Rongu_vallavalitsus, lk 11
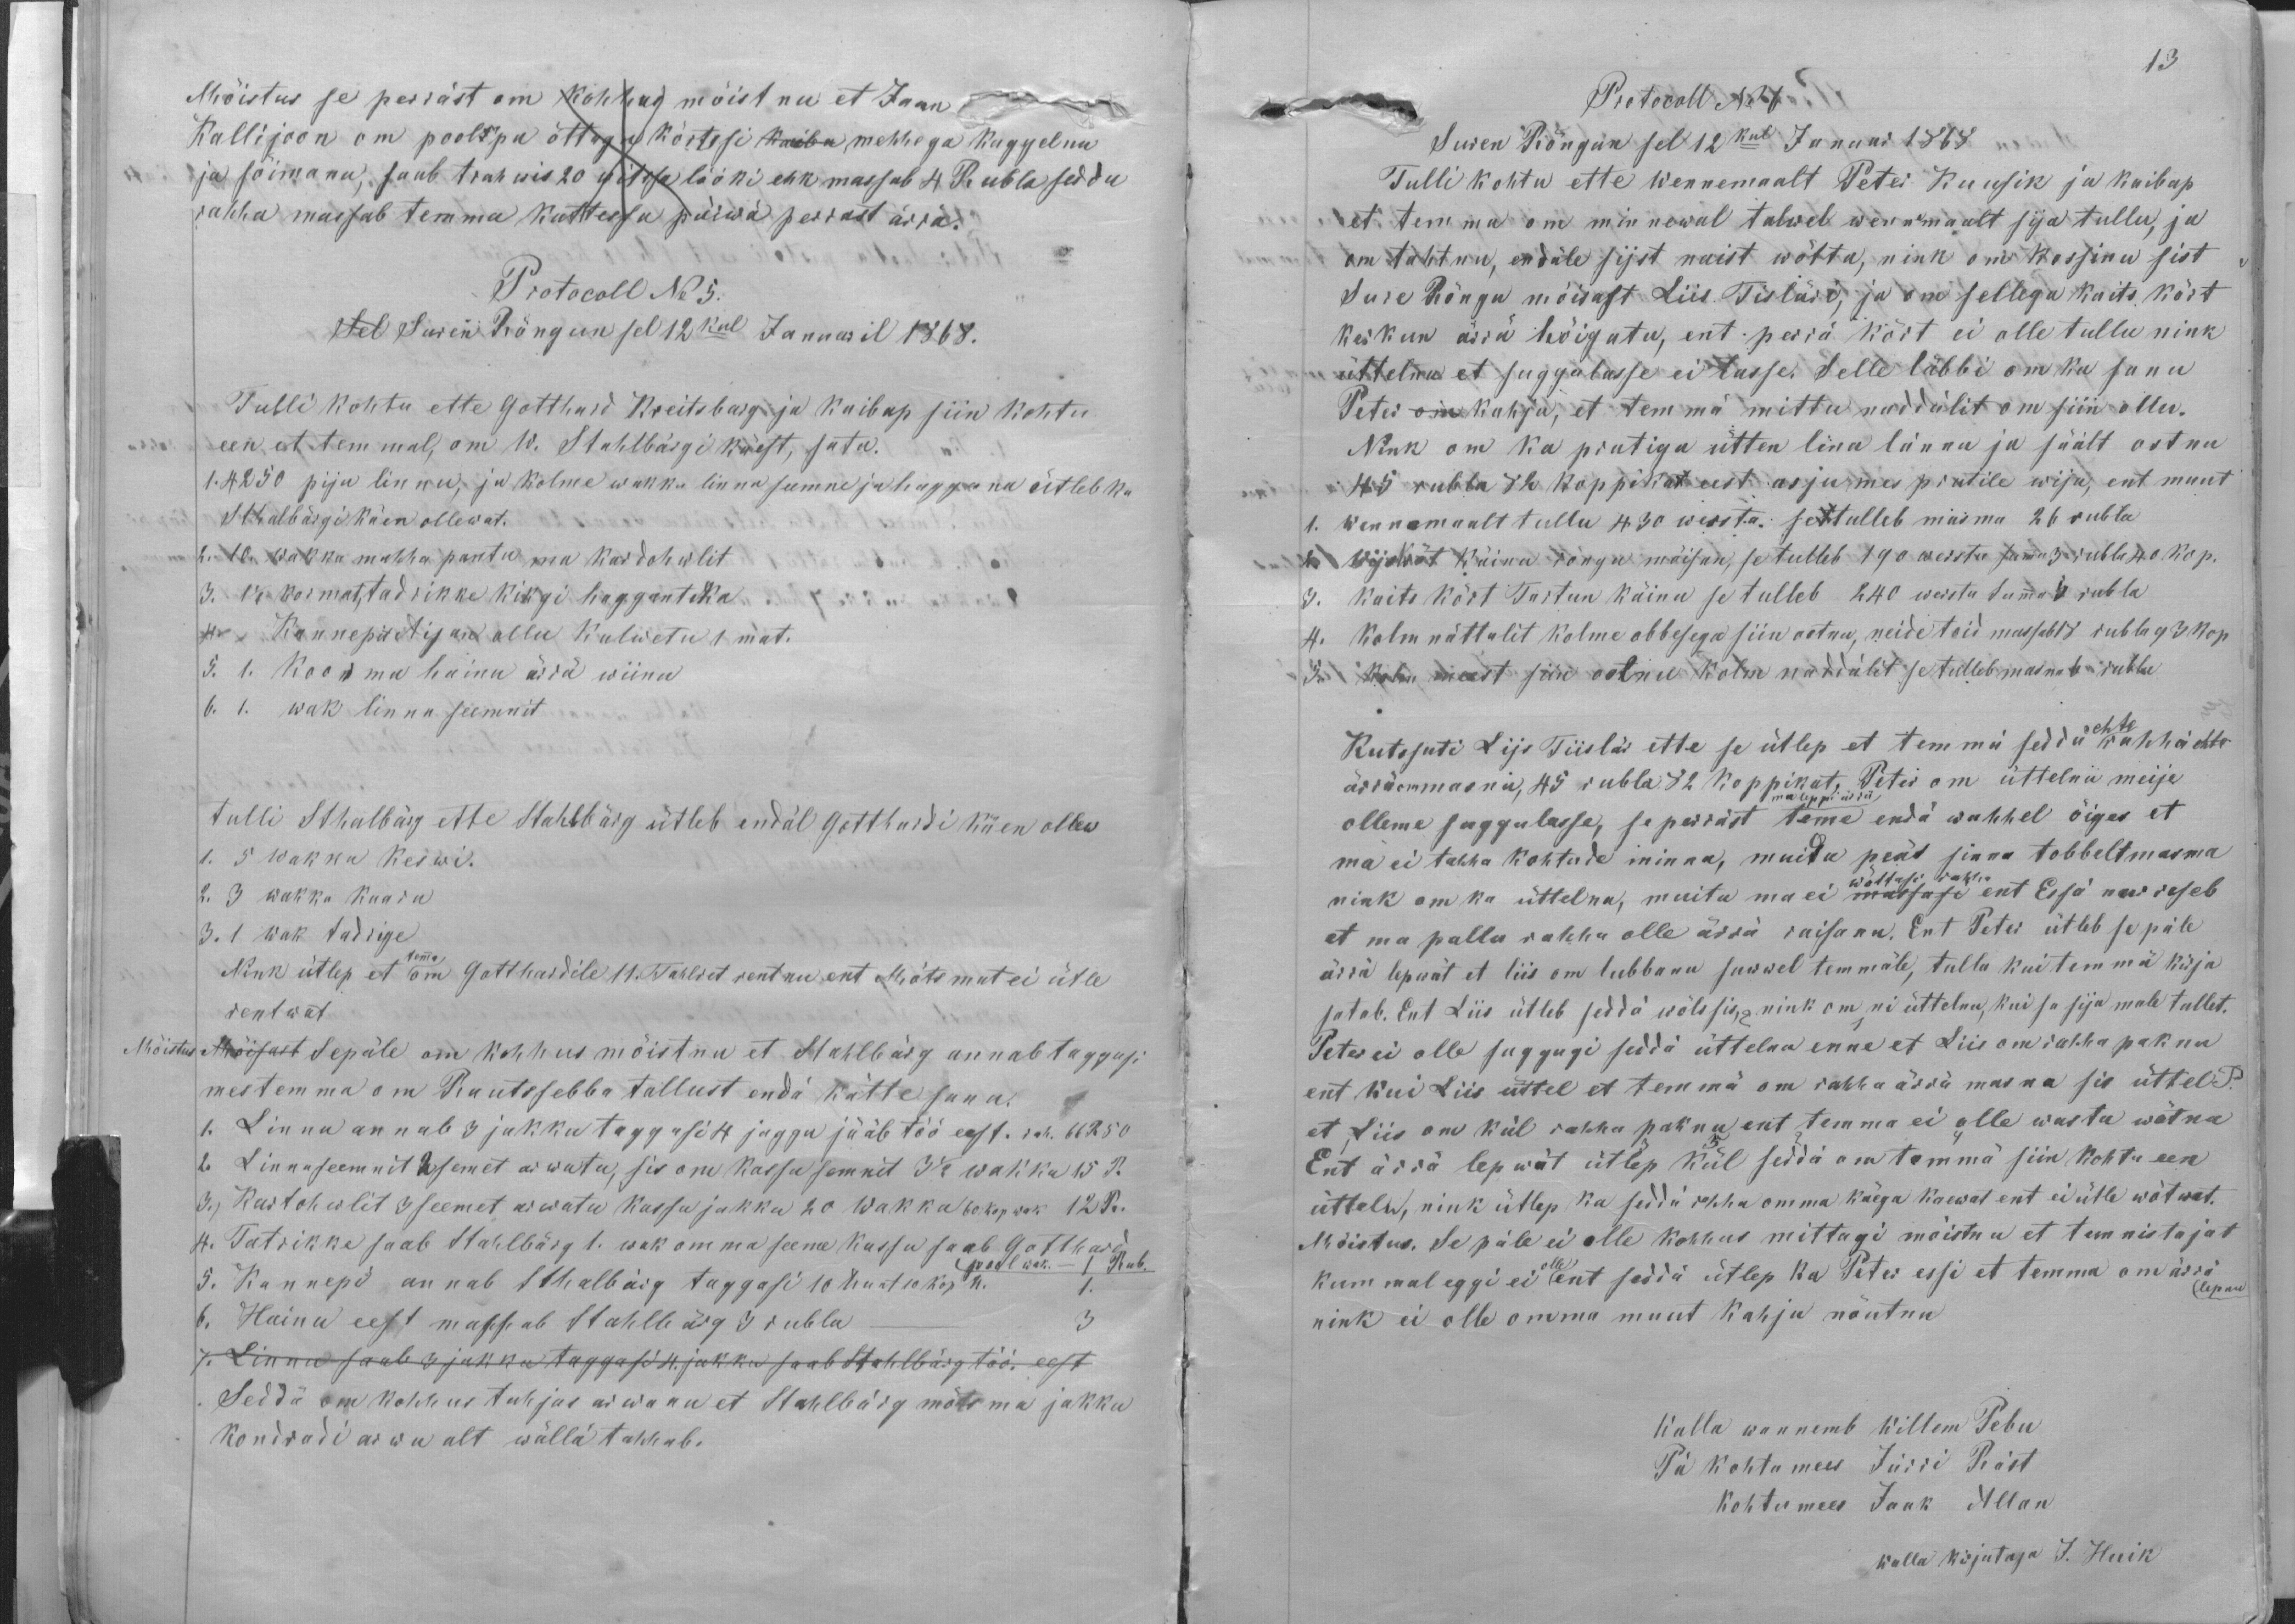
Mõistus se perräst om kohhus mõistnu et Jaan
Kallijoon om pooltpa õttagu kõrtssi kauba mehhega kaggelnu
ja sõimanu, saab trahwis 20 witssa lööki ehk massab 4 Rubla sedda
rahha massab temma kattessa päiwä perrast ärrä.
Protocoll No 5.
Sel Suren Rõngun sel 12kul Januaril 1868.
Tulli kohtu ette Gotthard Kreitsbarg ja kaibap siin kohtu
een et temmal, om W. Stahlbärgi käest, sata.
1. 4250. piju linnu, ja kolme wakka linna seemne ja haggana ütleb ka
Sthalbärgi käen ollewat.
2. 10. wakka mahha pantu ma kardohwlit
3.  1 1/2 kormat, tadrikke kikgi hagganteka,
4. Kannepit Aijan ollu kulwetu 1. mat.
5. 1. Koorma hainu ärrä wiinu
6. 1. wak linna seemnit
tulli Sthalbärg ette Sthalbärg ütleb endäl Gotthardi käen ollew
1. 5 wakka keswi.
2. 3 wakka kaaru
3. 1 wak tadrige
Nink ütlep et temma om Gotthardile 11. Tahlret rentnu ent Mõts mut ei ütle
rentwat
Mõistus Mõisast Sepäle om kohhus mõistnu et Stahlbärg annab taggasi
mes temma om Rautsebba tallust endä kätte sanu.
1. Linnu annab 3 jakku taggasi 4 jaggu jääb töö eest. rah. 66 R 50
2. Linnaseemnit 2 semet arwatu, sis om kassu semnit 3 1/2 wakka 15 R.
3.) Kartohwlit 3 seemet arwatu kassu jakku 20 Wakka 60 kop wak 12 R.
4. Tatrikke saab Stahlbärg 1. wak omma seeme kassu saab Gotthard
pool wak. - 1 Rub.
5. Kannepi annab Stahlbärg taggasi 10 hunt 10 kop N.
6. Hainu eest massab Stahlbärg 3 rubla - 3
7. Linnu saab 3 jakku taggasi 4. jakku saab Stahlbärg töö. eest
Seddä om kohhus tuhjas arwanu et Stahlbärg mõlema jakku
kondradi arwu alt wällä tahhab.

13
Protokoll No 7
Suren Rõngun sel 12kul Januar 1868
Tulli kohtu ette Wennemaalt Peter Kuusik ja kaibap
et temma on minnewal talwel wennemaalt sija tullu, ja
om tahtnu, endäle sijst naist wõtta, nink om kossinu sist
Sure Rõngu mõisast Liis Tisläri, ja om sellega kaits kõrt
kerkun ärrä hõigatu, ent. perrä kõrt ei olle tullu nink
üttelnu et suggulasse ei lasse. Selle läbbi om ka sanu
Peter om kahju, et temmä mittu naddalit om siin ollu.
Nink om ka prutiga ütten lina lännu ja säält ostnu
45 rubla 82 koppikat eest asju mes prutile wija, ent muut
1. Wennemaalt tullu 430 wersta: settulleb masma 26 rubla
2. wijokõrt käinu rõngu mõisan, se tulleb 190 wersta summa 3 rubla 40 kop.
3. kaits kõrt Tartun käinu se tulleb 240 wersta Summa 6 rubla
4. olm nättalit kolme obbesega siin ootnu, neide toid massab 18 rubla 3 kop
5. kolm meest siin ootnu kolm naddälit se tulleb masma 6 rubla
Kutssuti Lijs Tiislär ette se ütlep et temmä seddä ehte rahhä ehte
ärrä ommasnu, 45 rubla 82 koppikat, Peter om üttelnü meije
ma leppi ärrä
olleme suggulasse, se perräst teme endä wahhel õiges et
ma ei tahha kohtude minna, muidu peät sinna tobbelt masma
wõttasi rahha
nink om ka üttelnu, muitu ma ei massasi ent Essä nurriseb
et ma pallu rahha olle ärrä raisanu. Ent Peter ütleb se päle
ärrä lepwät et liis om lubbanu suwel temmäle, tulla kui temmä kirja
satab. Ent Liis ütleb sedda wõlssis, nink om nii üttelnu, kui sa sija male tullet.
Peter ei olle suggugi seddä üttelnu enne et Liis om rahha paknu
ent kui Liis üttel et temmä om rahha ärrä masnu sis üttel P.
et Liis on kül rahha paknu ent temma ei olle wasta wõtnu
1 2 3 5 2 4
Ent ärra lepwät ütlep kül seddä om temmä siin kohtu een
ütteln, nink ütlep ka seddä raha omma käega kaewat ent ei ütle wõtwat.
Mõistus. Se päle ei olle kohhus mittagi mõistnu et tunnistajat
kummaleggi ei olle ent seddä ütlep ka Peter essi et temma om ärrä
lepnu
nink ei olle omma muut kahju nõutnu
Walla wannemb Willem Pebu
Pä kohtumees Jürri Räst
Kohtumees Jaak Allan
walla kirjutaja J. Huik